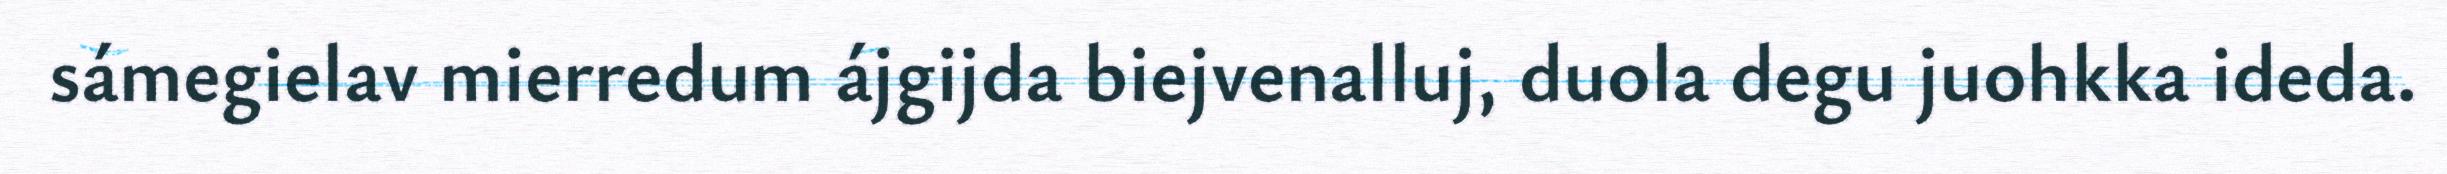
sámegielav mierredum ájgijda biejvenalluj, duola degu juohkka ideda.